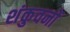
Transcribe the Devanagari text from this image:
शंकुवनों